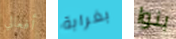
أفعالي بغرابة بنوا